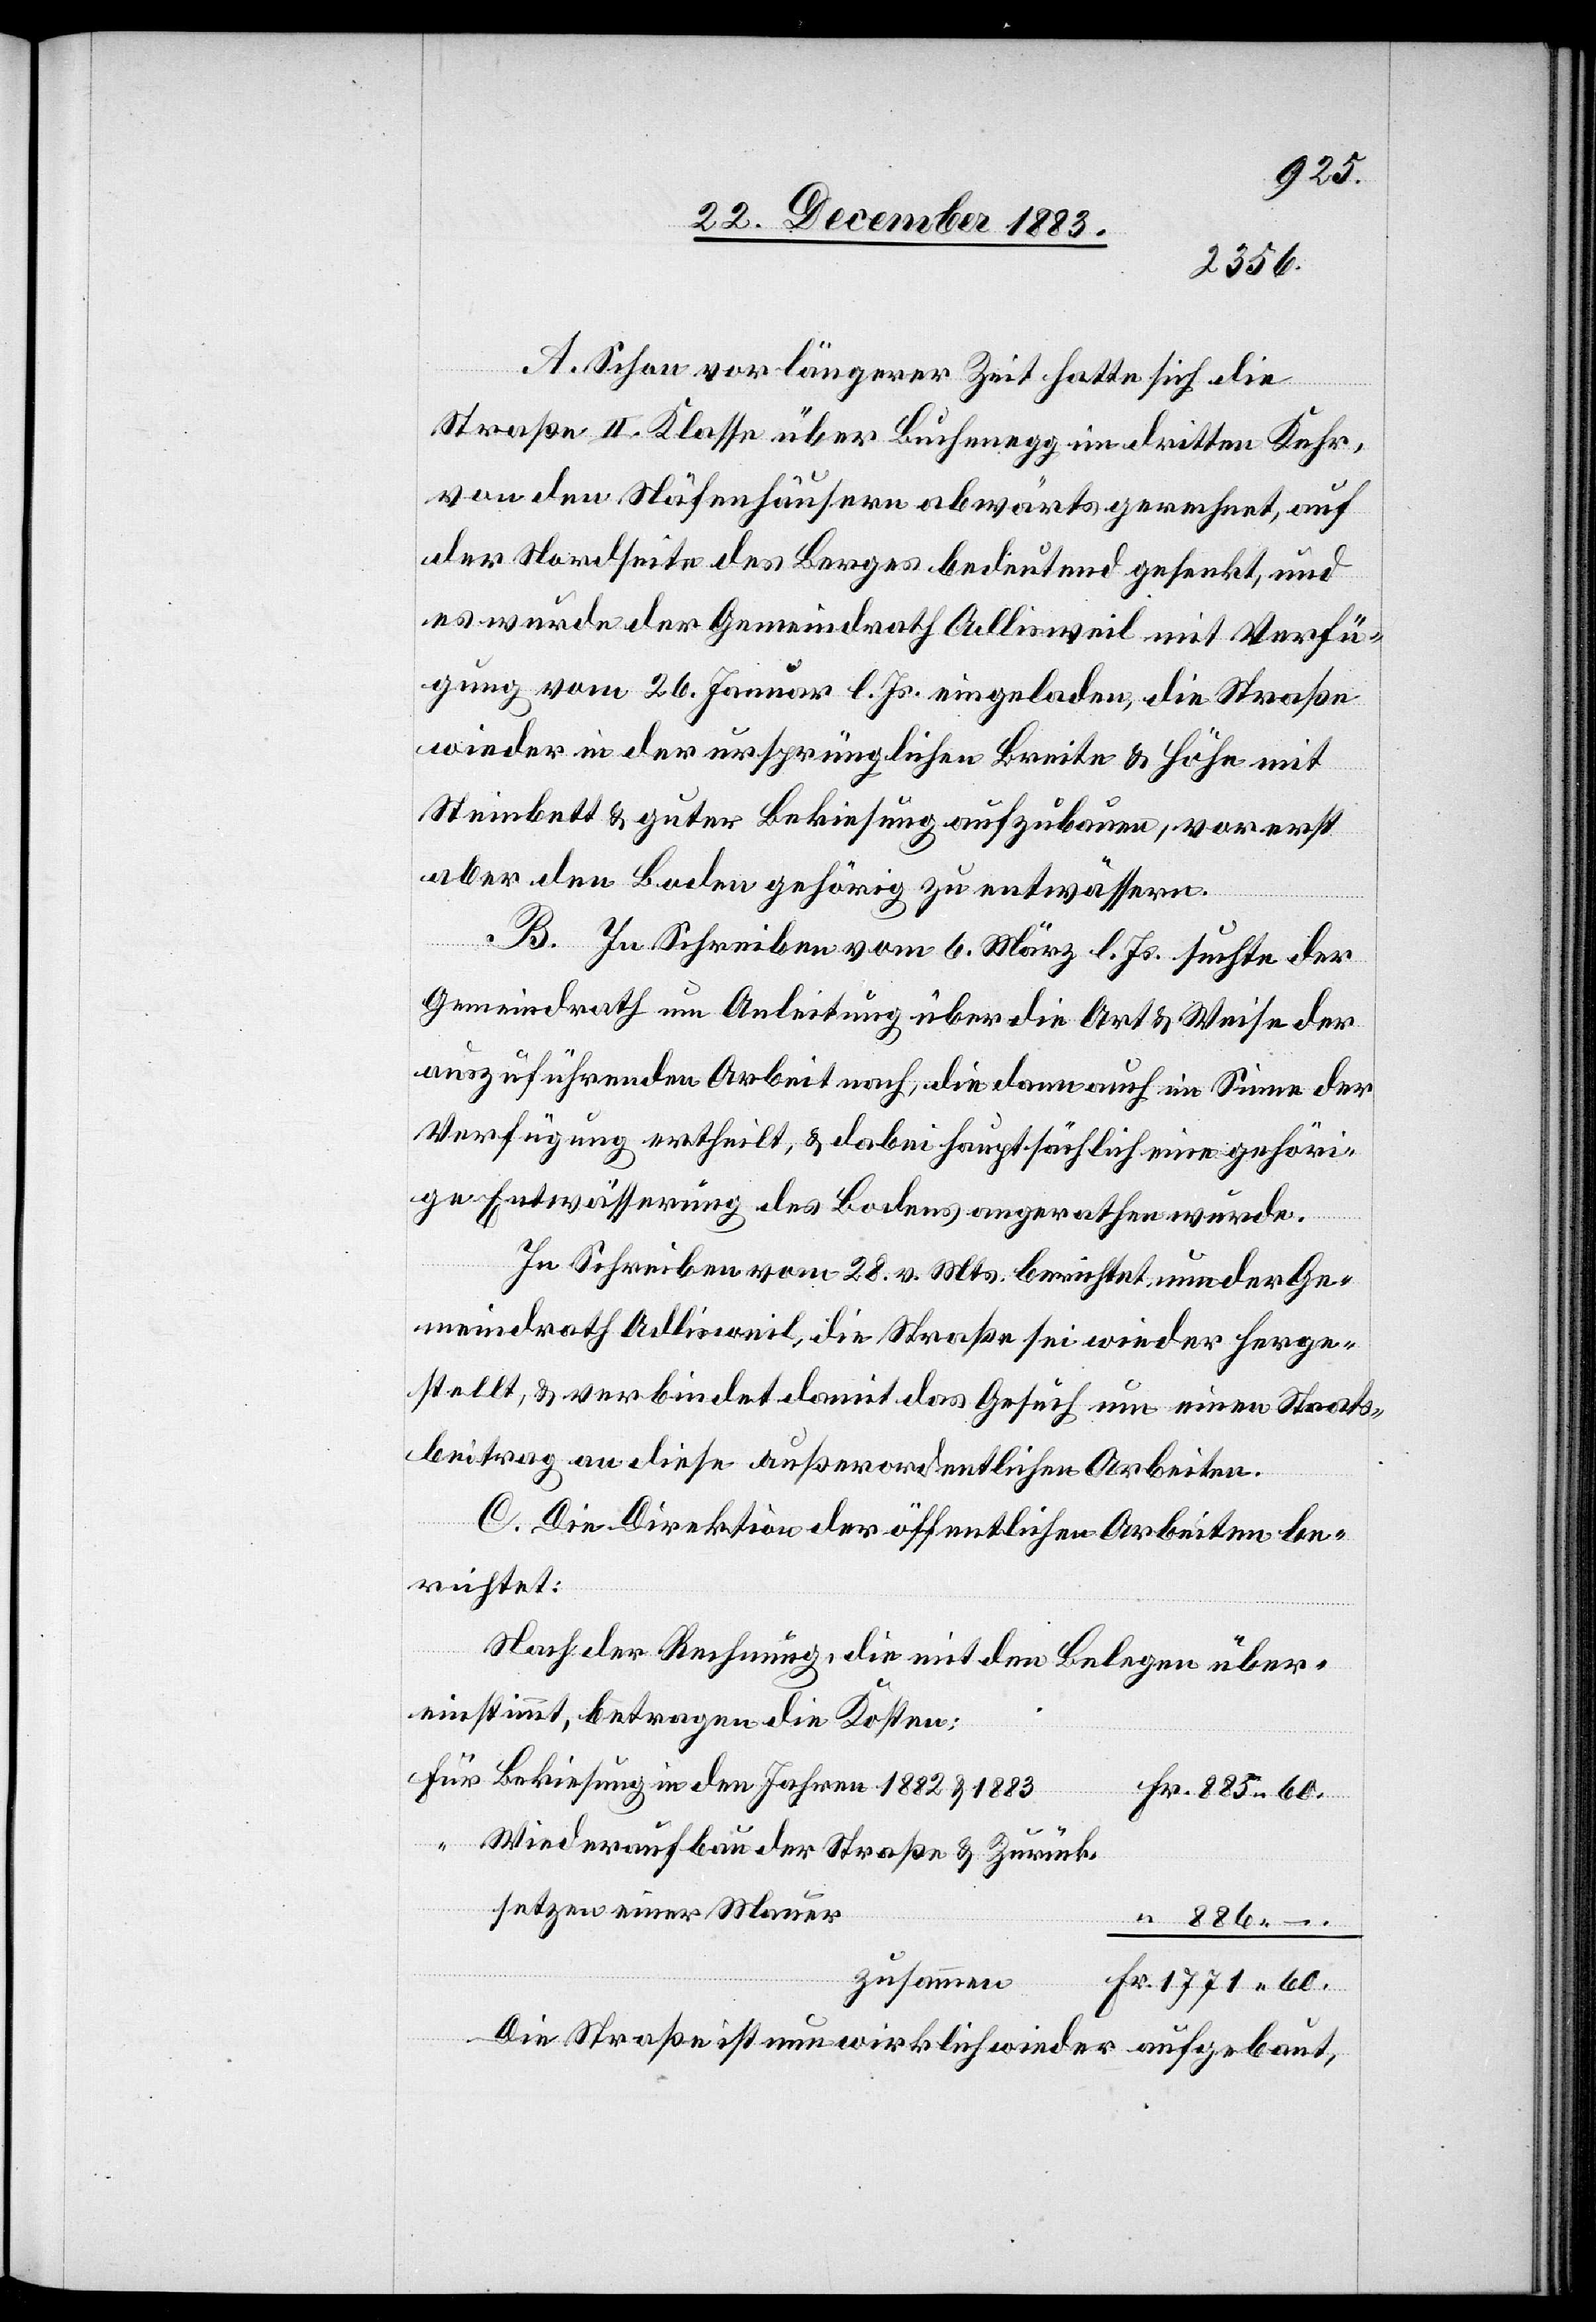
886 –.
A. Schon vor längerer Zeit hatte sich die
Straße II. Klasse über Buchenegg im dritten Kehr,
von den Näfenhäusern abwärts gerechnet, auf
der Nordseite des Berges bedeutend gesenkt, und
es wurde der Gemeindrath Adlisweil mit Verfü¬
gung vom 26. Januar l. Js. eingeladen, die Straße
wieder in der ursprünglichen Breite & Höhe mit
Steinbett & guter Bekiesung aufzubauen, vorerst
aber den Boden gehörig zu entwässern.
B. In Schreiben vom 6. März l. Js. suchte der
Gemeindrath um Anleitung über die Art & Weise der
auszuführenden Arbeit nach, die dann auch im Sinne der
Verfügung ertheilt, & dabei hauptsächlich eine gehöri¬
ge Entwässerung des Bodens angerathen wurde.
In Schreiben vom 28. v. Mts. berichtet nun der Ge¬
meindrath Adlisweil, die Straße sei wieder herge¬
stellt, & verbindet damit das Gesuch um einen Staats¬
beitrag an diese ausserordentlichen Arbeiten.
C. Die Direktion der öffentlichen Arbeiten be¬
richtet:
Fr.
Nach der Rechnung, die mit den Belegen über¬
einstimmt, betragen die Kosten:
Für Bekiesung in den Jahren 1882&1883
“ Wiederaufbau der Straße & Zurück¬
setzen einer Mauer
zusammen
1771 60.
Die Straße ist nun wirklich wieder aufgebaut,